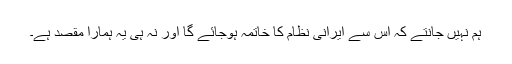
ہم نہیں جانتے کہ اس سے ایرانى نظام کا خاتمہ ہوجائے گا اور نہ ہى یہ ہمارا مقصد ہے۔